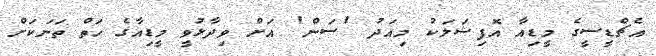
އެޗްޑީސީގެ މީޑިއާ އޮފިޝަލަކު މިއަދު 'ސަން' އަށް ވިދާޅުވީ މީޑިއާގެ ހަތް ތަނަކަށް